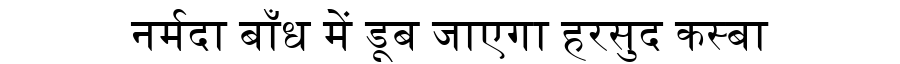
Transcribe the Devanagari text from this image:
नर्मदा बाँध में डूब जाएगा हरसुद कस्बा